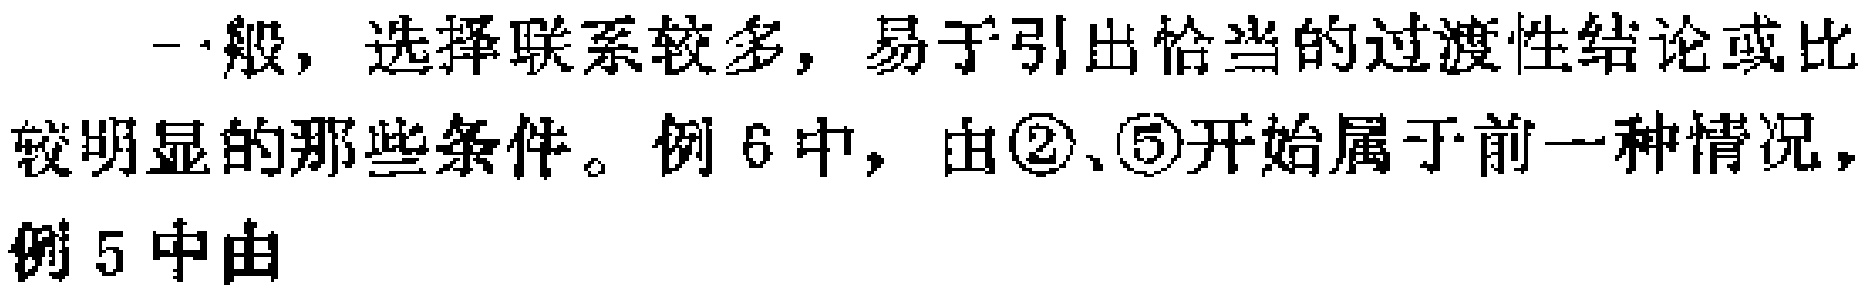
一般，选择联系较多，易于引出恰当的过渡性结论或比较明显的那些条件。例6中，由\textcircled{2}、\textcircled{5}开始属于前一种情况，例5中由